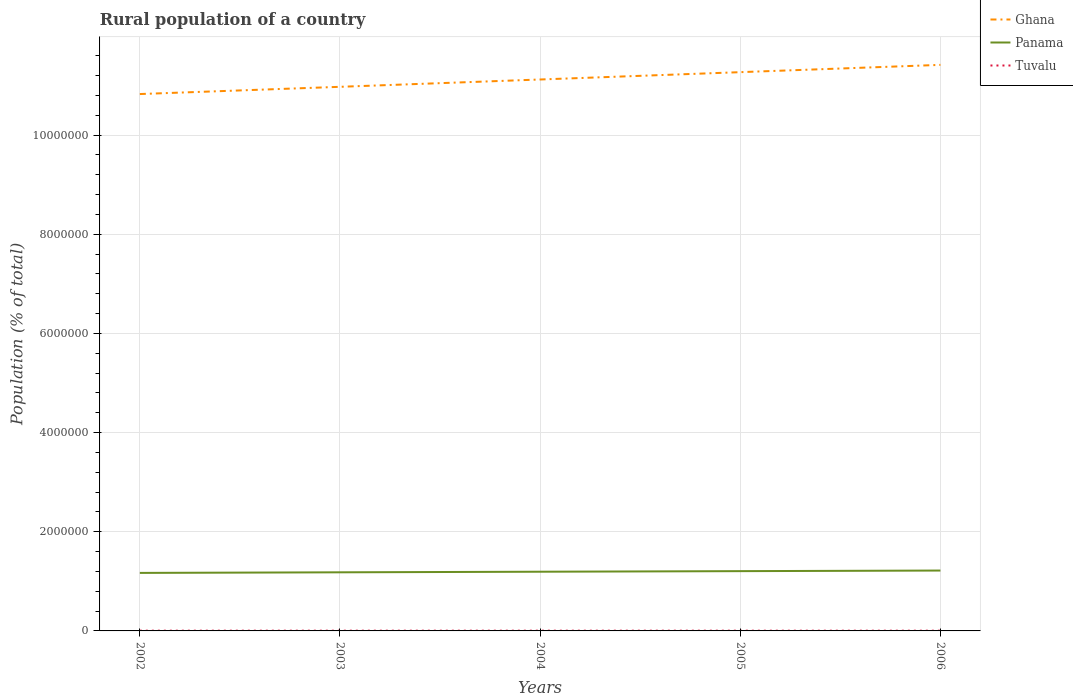
| Years | Ghana | Panama | Tuvalu |
 | --- | --- | --- | --- |
 | 2002 | 1.08e+07 | 1.17e+06 | 5.07e+03 |
 | 2003 | 1.1e+07 | 1.18e+06 | 5.02e+03 |
 | 2004 | 1.11e+07 | 1.19e+06 | 4.95e+03 |
 | 2005 | 1.13e+07 | 1.21e+06 | 4.88e+03 |
 | 2006 | 1.14e+07 | 1.22e+06 | 4.8e+03 |